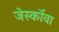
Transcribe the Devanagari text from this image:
जेर्स्कोवा